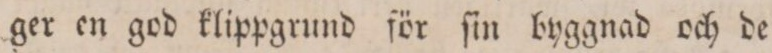
ger en god klippgrund för ſin byggnad och de